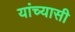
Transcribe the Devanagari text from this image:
यांच्यासी